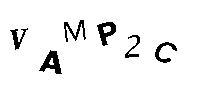
VAMP2C